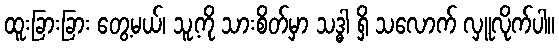
ထူးခြားခြား တွေ့မယ်၊ သူ့ကို သားစိတ်မှာ သဒ္ဓါ ရှိ သလောက် လှူလိုက်ပါ။